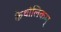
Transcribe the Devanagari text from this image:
कैथोलिकम्